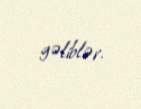
gəliblər.